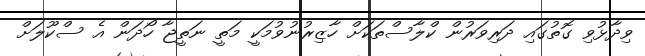
ވިދާޅުވި ގޮތުގައި ދަރިވަރުން ކްލާސްތަކަށް ހާޒިރުނުވުމަކީ މަތީ ނަތީޖާ ހޯދަން އެ ސްކޫލަށް